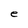
Character: e